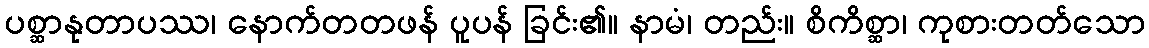
ပစ္ဆာနုတာပဿ၊ နောက်တတဖန် ပူပန် ခြင်း၏။ နာမံ၊ တည်း။ စိကိစ္ဆာ၊ ကုစားတတ်သော